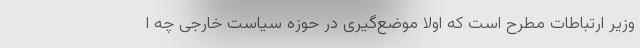
وزیر ارتباطات مطرح است که اولا موضع‌گیری در حوزه سیاست خارجی چه ا